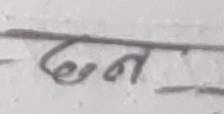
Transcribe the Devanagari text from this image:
छन